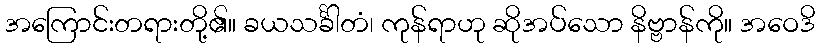
အကြောင်းတရားတို့၏။ ခယသင်္ခါတံ၊ ကုန်ရာဟု ဆိုအပ်သော နိဗ္ဗာန်ကို။ အဝေဒိ